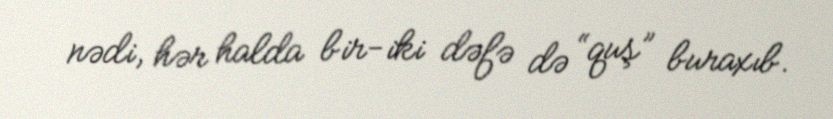
nədi, hər halda bir-iki dəfə də “quş” buraxıb.